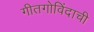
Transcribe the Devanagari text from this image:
गीतगोविंदाची